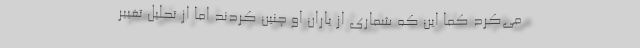
می‌کرد کما این که شماری از یاران او چنین کردند اما از تحلیل تغییر